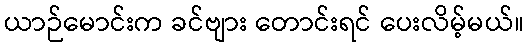
ယာဉ်မောင်းက ခင်ဗျား တောင်းရင် ပေးလိမ့်မယ်။